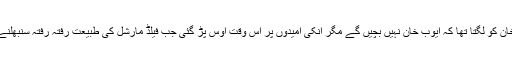
یحیی خان کو لگتا تھا کہ ایوب خان نہیں بچیں گے مگر اُنکی امیدوں پر اس وقت اوس پڑ گئی جب فیلڈ مارشل کی طبیعت رفتہ رفتہ سنبھلنے لگی ۔